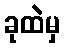
ခုထဲမှ